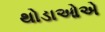
થોડાઓએ